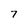
Character: 7